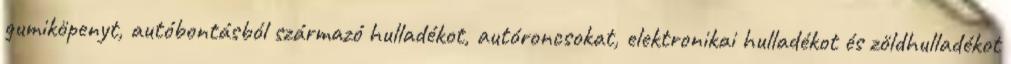
gumiköpenyt, autóbontásból származó hulladékot, autóroncsokat, elektronikai hulladékot és zöldhulladékot